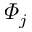
\varPhi _ { j }